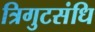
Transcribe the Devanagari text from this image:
त्रिगुटसंधि